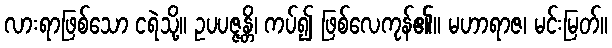
လားရာဖြစ်သော ငရဲသို့။ ဥပပဇ္ဇန္တိ၊ ကပ်၍ ဖြစ်လေကုန်၏။ မဟာရာဇ၊ မင်းမြတ်။